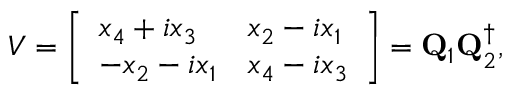
V = \left[ \begin{array} { l l } { { x _ { 4 } + i x _ { 3 } } } & { { x _ { 2 } - i x _ { 1 } } } \\ { { - x _ { 2 } - i x _ { 1 } } } & { { x _ { 4 } - i x _ { 3 } } } \end{array} \right] = { \bf Q } _ { 1 } { \bf Q } _ { 2 } ^ { \dagger } ,